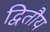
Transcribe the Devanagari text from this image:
द्वितौय